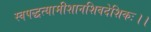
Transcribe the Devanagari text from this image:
स्वपद्धत्यामीशानशिवदेशिकः।।